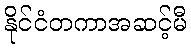
နိုင်ငံတကာအဆင့်မီ